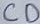
Text: CD